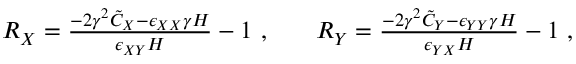
\begin{array} { r l r } { R _ { X } = \frac { - 2 \gamma ^ { 2 } \tilde { C } _ { X } - \epsilon _ { X X } \gamma H } { \epsilon _ { X Y } H } - 1 ~ , } & { { } } & { R _ { Y } = \frac { - 2 \gamma ^ { 2 } \tilde { C } _ { Y } - \epsilon _ { Y Y } \gamma H } { \epsilon _ { Y X } H } - 1 ~ , } \end{array}